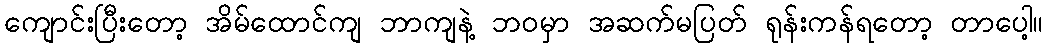
ကျောင်းပြီးတော့ အိမ်ထောင်ကျ ဘာကျနဲ့ ဘဝမှာ အဆက်မပြတ် ရုန်းကန်ရတော့ တာပေါ့။